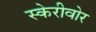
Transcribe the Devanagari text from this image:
स्केरीवोर